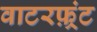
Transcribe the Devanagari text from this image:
वाटरफ़्रंट